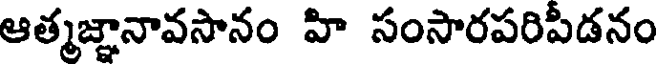
ఆత్మజ్ఞానావసానం హి సంసారపరిపీడనం